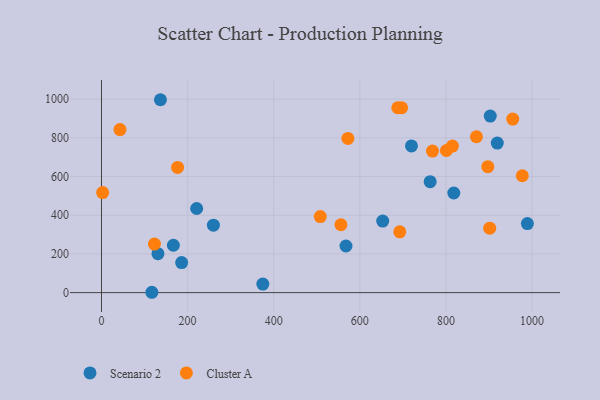
{"axis": {"x": "Price", "y": "Salary"}, "legend": ["Cluster A", "Scenario 2"], "data": [{"x": "763.3", "y": 573.5, "type": "Scenario 2"}, {"x": "374.7", "y": 44.1, "type": "Scenario 2"}, {"x": "919.2", "y": 772.7, "type": "Scenario 2"}, {"x": "653.1", "y": 370.0, "type": "Scenario 2"}, {"x": "186.1", "y": 155.4, "type": "Scenario 2"}, {"x": "719.9", "y": 758.2, "type": "Scenario 2"}, {"x": "259.9", "y": 348.6, "type": "Scenario 2"}, {"x": "166.9", "y": 244.9, "type": "Scenario 2"}, {"x": "131.1", "y": 201.2, "type": "Scenario 2"}, {"x": "989.1", "y": 357.0, "type": "Scenario 2"}, {"x": "136.9", "y": 997.0, "type": "Scenario 2"}, {"x": "221.0", "y": 434.9, "type": "Scenario 2"}, {"x": "818.2", "y": 515.0, "type": "Scenario 2"}, {"x": "902.9", "y": 912.6, "type": "Scenario 2"}, {"x": "116.9", "y": 1.8, "type": "Scenario 2"}, {"x": "567.8", "y": 240.9, "type": "Scenario 2"}, {"x": "508.1", "y": 393.2, "type": "Cluster A"}, {"x": "176.7", "y": 647.2, "type": "Cluster A"}, {"x": "768.7", "y": 731.7, "type": "Cluster A"}, {"x": "692.7", "y": 314.3, "type": "Cluster A"}, {"x": "42.9", "y": 842.7, "type": "Cluster A"}, {"x": "572.2", "y": 796.8, "type": "Cluster A"}, {"x": "977.3", "y": 604.0, "type": "Cluster A"}, {"x": "901.6", "y": 333.1, "type": "Cluster A"}, {"x": "697.1", "y": 955.4, "type": "Cluster A"}, {"x": "2.6", "y": 517.2, "type": "Cluster A"}, {"x": "897.2", "y": 651.2, "type": "Cluster A"}, {"x": "688.1", "y": 955.5, "type": "Cluster A"}, {"x": "123.0", "y": 250.9, "type": "Cluster A"}, {"x": "955.1", "y": 896.8, "type": "Cluster A"}, {"x": "801.1", "y": 734.5, "type": "Cluster A"}, {"x": "556.1", "y": 350.8, "type": "Cluster A"}, {"x": "870.8", "y": 805.6, "type": "Cluster A"}, {"x": "815.0", "y": 757.4, "type": "Cluster A"}]}